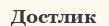
Достлик